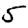
Digit: 5